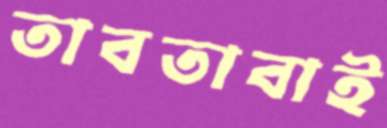
তাবতাবাই